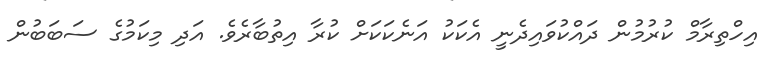
އިހްތިރާމް ކުރުމުން ދައްކުވައިދެނީ އެކަކު އަނެކަކަށް ކުރާ އިތުބާރެވެ. އަދި މިކަމުގެ ސަބަބުން